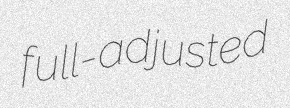
full-adjusted